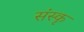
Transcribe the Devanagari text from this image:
संस्कृ